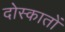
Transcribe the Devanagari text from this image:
दोस्कातों